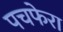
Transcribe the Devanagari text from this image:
पचफेरा